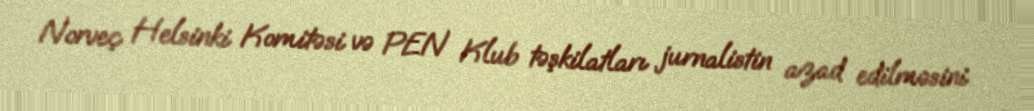
Norveç Helsinki Komitəsi və PEN Klub təşkilatları jurnalistin azad edilməsini